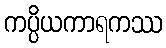
ကပ္ပိယကာရကဿ